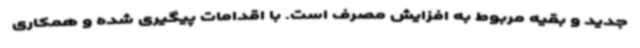
جدید و بقیه مربوط به افزایش مصرف است. با اقدامات پیگیری شده و همکاری